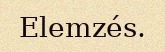
Elemzés.